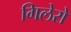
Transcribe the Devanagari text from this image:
गिलेरो